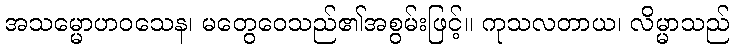
အသမ္မောဟဝသေန၊ မတွေဝေသည်၏အစွမ်းဖြင့်။ ကုသလတာယ၊ လိမ္မာသည်